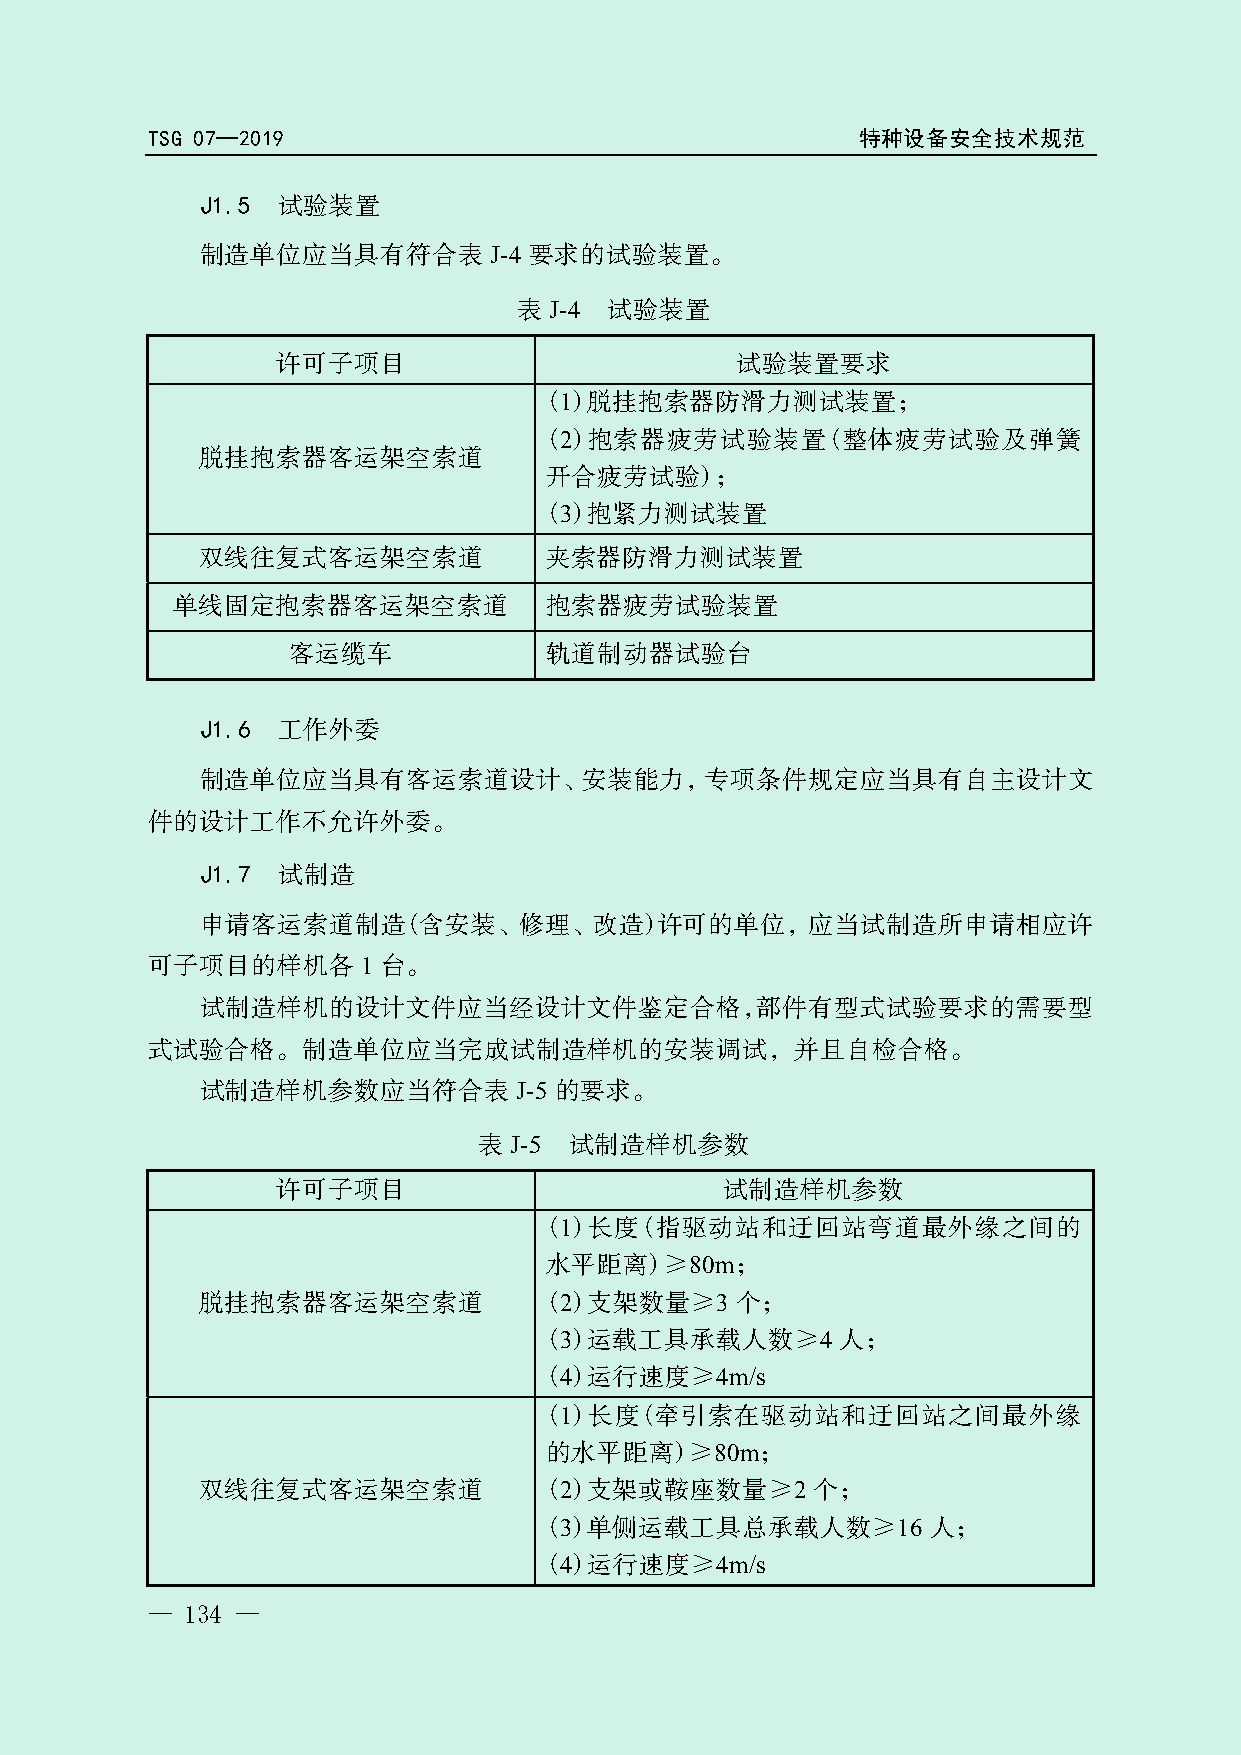
TSG 07—2019                                    特种设备安全技术规范
 J1.5 试验装置
 制造单位应当具有符合表        J-4 要求的试验装置。
 表 J-4 试验装置
 许可子项目                          试验装置要求
 (1)脱挂抱索器防滑力测试装置；
 (2)抱索器疲劳试验装置(整体疲劳试验及弹簧
 脱挂抱索器客运架空索道
 开合疲劳试验)；
 (3)抱紧力测试装置
 双线往复式客运架空索道            夹索器防滑力测试装置
 局
 单线固定抱索器客运架空索道            抱索器疲劳试验装置
 总
 客运缆车             轨道制动器试验台
 理
 J1.6 工作外委
 管
 制造单位应当具有客运索道设计、安装能力，专项条件规定应当具有自主设计文
 督
 件的设计工作不允许外委。
 监
 J1.7 试制造
 申请客运索道制造(含安装、修场理、改造)许可的单位，应当试制造所申请相应许
 可子项目的样机各      1 台。
 市
 试制造样机的设计文件应当经设计文件鉴定合格，部件有型式试验要求的需要型
 家
 式试验合格。制造单位应当完成试制造样机的安装调试，并且自检合格。
 试制造样机参数国    应当符合表    J-5 的要求。
 表 J-5 试制造样机参数
 许可子项目                         试制造样机参数
 (1)长度(指驱动站和迂回站弯道最外缘之间的
 水平距离)≥80m；
 脱挂抱索器客运架空索道            (2)支架数量≥3    个；
 (3)运载工具承载人数≥4       人；
 (4)运行速度≥4m/s
 (1)长度(牵引索在驱动站和迂回站之间最外缘
 的水平距离)≥80m；
 双线往复式客运架空索道            (2)支架或鞍座数量≥2      个；
 (3)单侧运载工具总承载人数≥16        人；
 (4)运行速度≥4m/s
 — 134 —